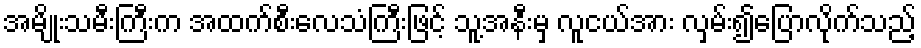
အမျိုးသမီးကြီးက အထက်စီးလေသံကြီးဖြင့် သူ့အနီးမှ လူငယ်အား လှမ်း၍ပြောလိုက်သည့်